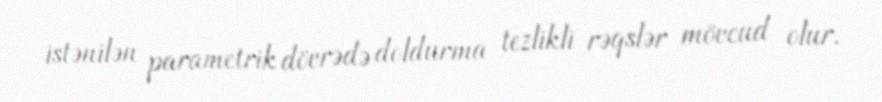
istənilən parametrik dövrədə doldurma tezlikli rəqslər mövcud olur.